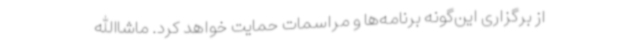
از برگزاری این‌گونه برنامه‌ها و مراسمات حمایت خواهد کرد. ماشا‌الله